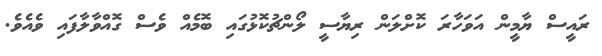
ރައީސް ޔާމީން އަވަހާރަ ކޮށްލަން ރިޔާސީ ލޯންޗުކޮޅުގައި ބޮމެއް ވެސް ގޮއްވާލާފައި ވެއެވެ.